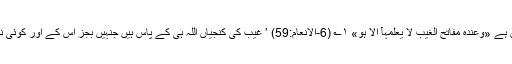
اور آیت میں ہے «وَعِنْدَہٗ مَفَاتِحُ الْغَیْبِ لَا یَعْلَمُہَآ اِلَّا ہُوَ» ۱؎ (6-الانعام:59) ’ غیب کی کنجیاں اللہ ہی کے پاس ہیں جنہیں بجز اس کے اور کوئی نہیں جانتا ‘ ۔